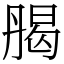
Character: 𠂄